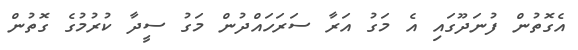
އެގޮތުން ފުނަދޫގައި އެ މަގު އަރާ ސަރަހައްދުން މަގު ސީދާ ކުރުމުގެ ގޮތުން